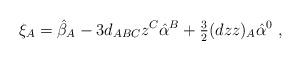
LaTeX: \begin{align*}\xi _A = \hat \beta _A-3d_{ABC}z^C\hat \alpha ^B +{\textstyle \frac{3}{2}}(dzz)_A \hat \alpha ^0\ , \end{align*}